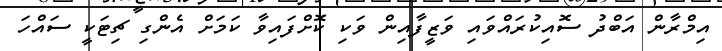
އިމްރާން އަބްދު ސޮއިކުރައްވައި ވަޒީފާއިން ވަކި ކޮށްފައިވާ ކަމަށް އެންގި ޗިޓަކީ ސައްހަ